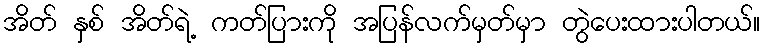
အိတ် နှစ် အိတ်ရဲ့ ကတ်ပြားကို အပြန်လက်မှတ်မှာ တွဲပေးထားပါတယ်။